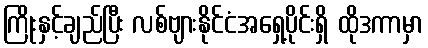
ကြိုးနှင့်ချည်ပြီး လစ်ဗျားနိုင်ငံအရှေ့ပိုင်းရှိ ထိုဒကာမှာ